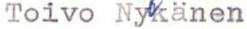
Toivo Nykänen